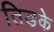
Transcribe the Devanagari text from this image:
तिडके